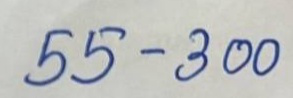
55 - 300